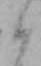
日